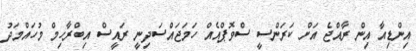
އިންޑިއާ އިން ރާއްޖެ އަށް ކަރަންސީ ސްވޮޕްއެއް ހަމަޖައްސަދިނީ ރައީސް އިބްރާހިމް މުހައްމަދު